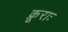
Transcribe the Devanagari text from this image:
क्रूराः